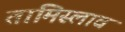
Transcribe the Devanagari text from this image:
तामिस्लाव